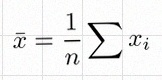
\bar{x}=\frac1n\sum x_i